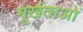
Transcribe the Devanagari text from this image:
मूर्खताओं